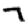
Digit: 7